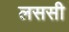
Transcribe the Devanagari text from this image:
लससी